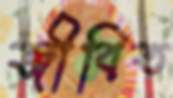
জীবিত